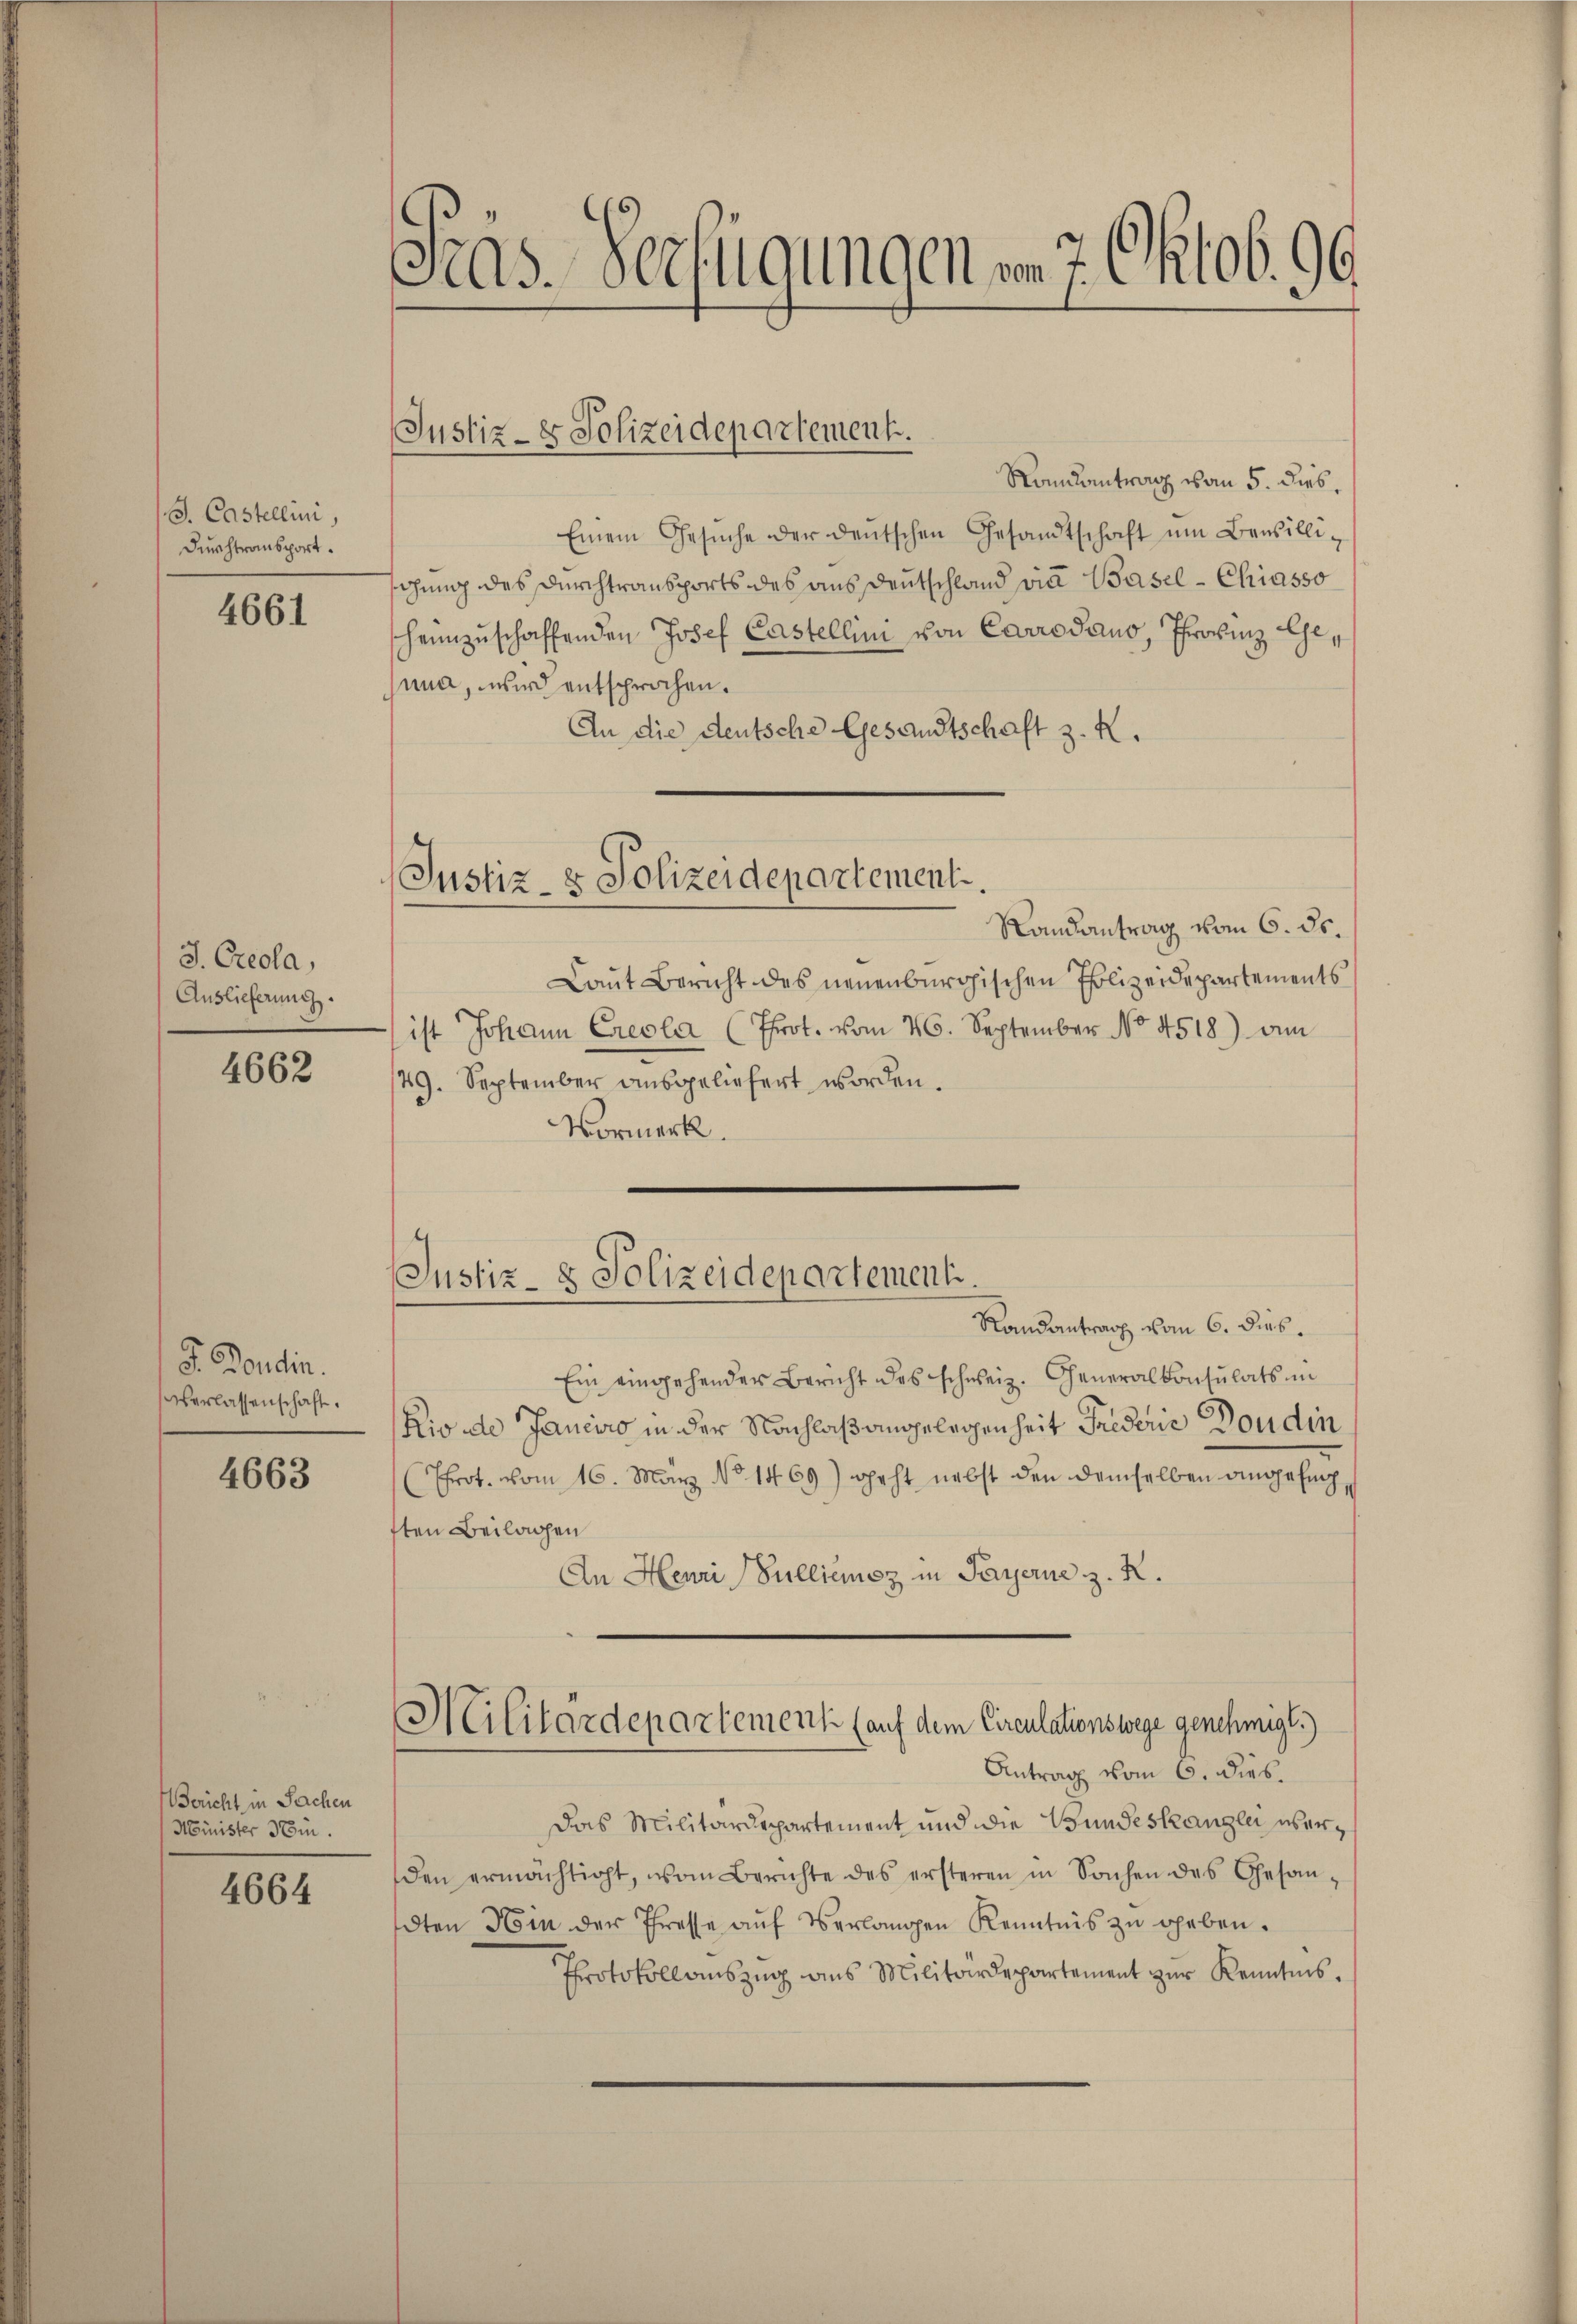
S. Castellini,
Durchtransport.

4661

J. Creola,
Auslieferung.

4662

F. Bondin.
verlassenschaft.

4663

Gericht in Sachen
Minister 3 Ein

4664

Gras Verfügungen vom 7. Oktob. 96.

Justiz- & Polizeidepartement.

Randantrag von 5. dies,
Einem Gesŭche der deutschen Gesandtschaft ŭm Bausillischung des Durchtransports des aus Deutschland viel Basel-Chiasso
heimzuschaffenden Josef Castellini von Carrodauo, Phrasinz Geuna, wird entsprochen.
An die deutsche Gesandtschaft z. K.
Randantrag vom 6. ds.
Laut Bericht des neuenburgischen Polizeidepartements
ist Johann Cresla (Prot. vom 26. September No. 4518) am
149. September ausgeliefert worden.
Vormerk.
Justiz- & Polizeidepartement.
Randantrag vom 6. Dieb.
Ein eingehender Bericht des schweiz. Generalkonsulats in
Rio de Janeiro in der Nachlaß angelegenheit Frederie Doudin
(Prot. vom 16. May No 1469) geht nebst den demselben angefunften Beilagen
An Henri Sullienz in Payerne z. R.
Militärdepartement (auf dem Circulationswege genehmigt.)
Antrag vom 6. Dieb.
Das Militärdepartement und die Bundeskanzlei überden ermächtigt, vom Berichte des ersteren in Sachen des Gesan-
dten Hin der Presse auf Verlangen Kenntnis zu geben.
Protokoll auszug aus Militärdepartement zur Kenntnis,

Justiz- & Polizeidepartement.